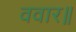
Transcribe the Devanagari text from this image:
ववार॥